Report on sanitation, dispensaries, and jails in Rajputana for 1913, and on vaccination for the year 1913-1914 - 1913-1914
Year: 1913
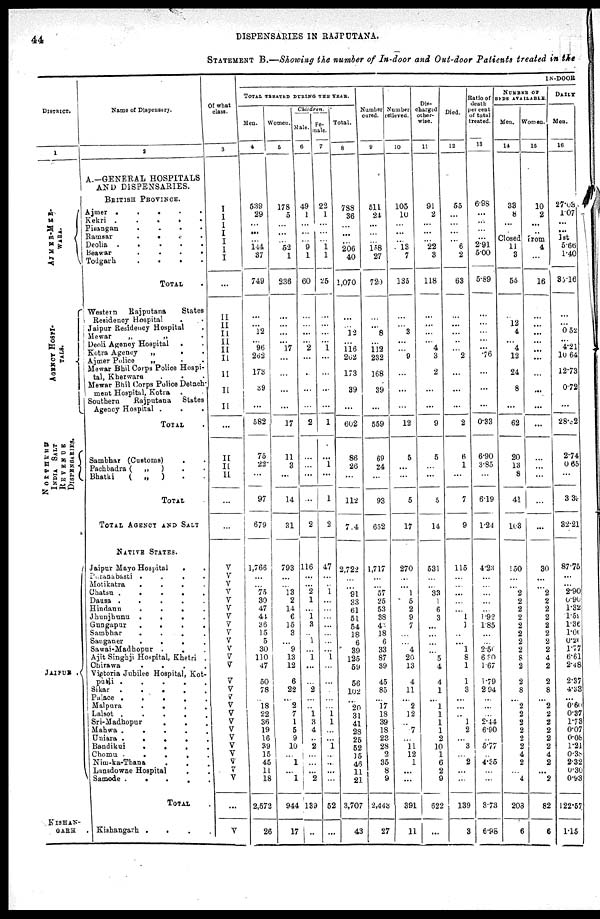
44
DISPENSARIES IN RAJPUTANA.
STATEMENT B.—Showing the number of In-door and Out-door Patients treated in the
DISTRICT.
1
AJMER-MER¬
WARA.
AGENCY HOSPI-
TALS.
NORTHERN
INDIA
SALT
REVENUE
DISPENSARIES.
JAIPUR .
KISHAN¬
GARH .
Name of Dispensary.
2
A.—GENERAL HOSPITALS
AND DISPENSARIES.
BRITISH PROVINCE.
Ajmer .
.
.
.
.
Kekri
.
.
.
.
.
Pisangan
.
.
.
.
Ramsar
.
. . .
Deolia .
.
.
.
.
Beawar
.
.
.
.
Todgarh
.
.
.
.
TOTAL .
Western
Rajputana
States
Residency Hospital . .
Jaipur Residency Hospital .
Mewar
„
„
.
Deoli Agency Hospital
. .
Kotra Agency
„
. .
Ajmer Police
„ . .
Mewar Bhil Corps Police Hospi¬
tal, Kherwara . . .
Mewar Bhil Corps Police Detach¬
ment Hospital, Kotra
. .
Southern
Rajputana
States
Agency Hospital . . .
TOTAL .
Sambhar (Customs) . .
Pachbadra (
„
) . .
Bhatki
(
„
) . .
TOTAL
TOTAL AGENCY AND SALT
NATIVE STATES.
Jaipur Mayo Hospital
. .
Puranabasti .
.
.
.
Motikatra
.
.
.
.
Chatsu .
.
.
.
.
Dausa .
.
.
.
.
Hindaun
.
.
.
.
Jhunjhunu
.
.
.
.
Gungapur
.
.
.
.
Sambhar
.
.
.
.
Sanganer
.
.
.
.
Sawai-Madhopur . . .
Ajit Singhji Hospital, Khetri .
Chirawa
.
.
.
.
Victoria Jubilee Hospital, Kot¬
putli . . . . .
Sikar
.
.
.
.
.
Palace .
.
.
.
.
Malpura
.
.
.
.
Lalsot .
.
.
.
.
Sri-Madhopur
.
. .
Mahwa
.
.
.
.
.
Uniara .
.
.
.
.
Bandikui
.
.
.
.
Chomu
.
.
. .
Nim-ka-Thana . . .
Lansdowne Hospital
. .
Samode .
.
.
.
.
TOTAL .
Kishangarh .
. . .
Of what
class.
3
I
I
I
I
I
I
I
...
II
II
II
II
II
II
11
II
II
...
II
II
II
...
...
V
V
V
V
V
V
V
V
V V
V
V
V
V
V
V
V
V
V
V
V
V
V
V
V
V
...
V
IN-DOOR
TOTAL TREATED DURING THE YEAR.
Men.
4
539
29
...
...
...
144
37
749
...
...
12
...
96
262
173
39
...
582
75
22
...
97
679
1,766
...
...
75
30
47
44
36
15
5
30
110
47
50
78
...
18
22
36
19
16
39
15
45
11
18
2,572
26
Women.
5
178
5
...
...
...
52
1
236
...
...
...
...
17
...
...
...
...
17
11
3
...
14
31
793
...
...
13
2
14
6
15
3
...
9
13
12
6
22
...
2
7
1
6
9
10
...
1
...
1
944
17
Children.
Male.
6
49
1
...
...
...
9
1
60
...
...
...
...
2
...
...
...
...
2
...
...
...
...
2
116
...
...
2
1
...
1
3
...
1
...
1
...
...
2
...
...
1
3
4
...
2
...
...
...
2
139
...
Fe-
male.
7
22
1
...
...
...
1
1
25
...
...
...
...
1
...
...
...
...
1
...
1
...
1
2
47
...
...
1
...
...
...
...
...
...
...
1
...
...
...
...
1
1
...
...
1
...
...
...
...
52
...
Total.
8
788
36
...
...
...
206
40
1,070
...
...
12
...
116
262
173
39
...
602
86
26
...
112
7.4
2,722
...
...
91
33
61
51
54
18
6
39
125
59
56
102
...
20
31
41
28
25
52
15
46
11
21
3,707
43
Number
cured.
9
511
21
...
...
...
158
27
720
...
...
8
...
112
232
168
39
...
559
69
24
...
93
652
1,717
...
...
57
25
53
38
43
18
6
33
87
39
45
85
...
17
18
39
18
23
28
2
35
8 9
2,443
27
Number
relieved.
10
105
10
...
...
...
13
7
135
...
...
3
...
...
9
...
...
...
12
5
...
...
5
17
270
...
...
1
5
2
9
7
...
...
4
20
13
4
11
...
2
12
...
7
...
11
12
1
...
...
391
11
Dis¬
charged
other¬
wise.
11
91
2
...
...
...
22
3
118
...
...
...
...
4
3
2
...
...
9
5
...
...
5
14
531
...
...
33
1
6
3
...
...
...
...
5
4
4
1
...
1
1
1
1
2
10
1
6
2
9
622
...
Died.
12
55
...
...
...
...
6
2
63
...
...
...
...
...
2
...
...
...
2
6
1
...
7
9
115
...
...
...
...
...
1
1
...
...
1
8
1
1
3
...
...
...
1
2
...
3
...
2
...
...
139
3
Ratio of
death
per cent
of total
treated.
13
6.98
...
...
...
...
2.91
5.00
5.89
...
...
...
...
...
76
...
...
...
0.33
6.90
3.85
...
6.19
1.24
4.23
...
...
...
...
...
1.92
1.85
...
...
2.50
6.30
1.67
1.79
2.94
...
...
...
2.44
6.90
...
5.77
...
4.35
...
...
3.73
6.95
NUMBER OF
BEDS AVAILABLE.
Men.
14
33
8
...
...
Women.
15
10
2
...
...
DAILY
Men.
16
27.03
1.07
...
...
Closed From
1st
11
3
55
...
12
4
...
4
12
24
8
...
62
20
13
8
41
10.3
150
...
... 2
2
2
2
2
2
2
2
8
2
2
8
...
2
2
2
2
2
2
4
2
...
4
203
6
4
...
16
...
...
...
...
...
...
...
...
...
...
...
...
...
...
...
30
...
...
2
2
2
2
2
2
2
2
4
2
2
8
...
2
2
2
2
2
2
4
2
...
2
82
6
5.66
1.40
35.l6
...
...
0.52
...
4.21
10.64
12.73
0.72
...
28.32
2.74
0.65
...
33
32.21
87.75
...
...
2.90
0.90
1.32
1.59
1.36
1.00
0.20
1.77
6.61
2.48
2.37
4.33
...
0.60
0.37
1.73
0.07
0.08
1.21
0.38
2.32
0.30
0.93
122.57
1.15